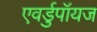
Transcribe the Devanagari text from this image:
एवर्डुपॉयज